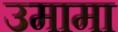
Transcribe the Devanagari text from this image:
उमामा